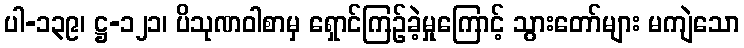
ပါ-၁၃၉၊ ဋ္ဌ-၁၂၁၊ ပိသုဏဝါစာမှ ရှောင်ကြဉ်ခဲ့မှုကြောင့် သွားတော်များ မကျဲသော